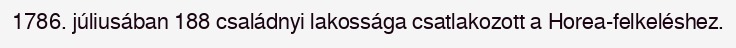
1786. júliusában 188 családnyi lakossága csatlakozott a Horea-felkeléshez.